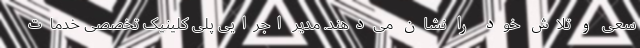
سعی و تلاش خود را نشان می‌دهند. مدیر اجرایی پلی کلینیک تخصصی خدمات